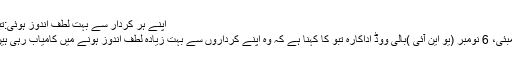
اپنے ہر کردار سے بہت لطف اندوز ہوئی:تبو
ممبئی، 6 نومبر (یو این آئی )بالی ووڈ اداکارہ تبو کا کہنا ہے کہ وہ اپنے کرداروں سے بہت زیادہ لطف اندوز ہونے میں کامیاب رہی ہیں۔